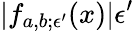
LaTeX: |f_{a,b;\epsilon^{\prime}}(x)|\le\epsilon^{\prime}